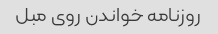
روزنامه خواندن روی مبل